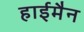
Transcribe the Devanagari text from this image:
हाईमैन